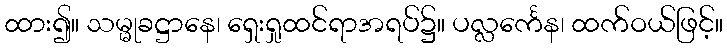
ထား၍။ သမ္မုခဋ္ဌာနေ၊ ရှေးရှုထင်ရာအရပ်၌။ ပလ္လင်္ကေန၊ ထက်ဝယ်ဖြင့်။